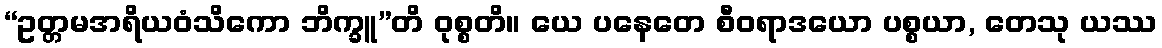
“ဥတ္တမအရိယဝံသိကော ဘိက္ခူ”တိ ဝုစ္စတိ။ ယေ ပနေတေ စီဝရာဒယော ပစ္စယာ, တေသု ယဿ